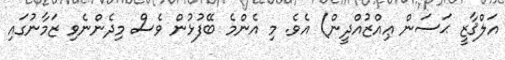
އަލްޤާޒީ ޙަސަން ޢިއްޒުއްދީން) އެވެ. މި އެންމެ ބޭފުޅުން ވެސް މިދެންނެވި ޒަމާނުގައި